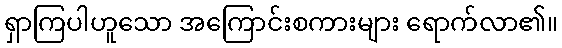
ရှာကြပါဟူသော အကြောင်းစကားများ ရောက်လာ၏။